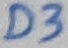
Text: D3